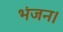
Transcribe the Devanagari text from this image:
भंजन।